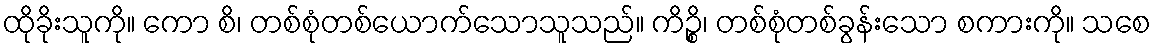
ထိုခိုးသူကို။ ကော စိ၊ တစ်စုံတစ်ယောက်သောသူသည်။ ကိဉ္စိ၊ တစ်စုံတစ်ခွန်းသော စကားကို။ သစေ